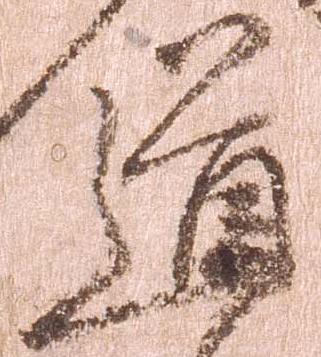
道